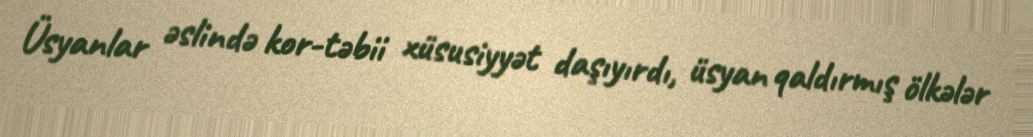
Üsyanlar əslində kor-təbii xüsusiyyət daşıyırdı, üsyan qaldırmış ölkələr